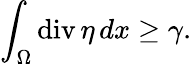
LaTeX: \int_{\Omega}\mathrm{div}\, \eta\, dx\geq\gamma.